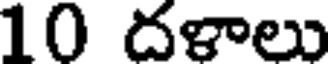
10 దళాలు